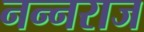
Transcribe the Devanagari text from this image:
नन्नराज